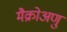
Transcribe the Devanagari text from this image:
मैक्रोअणु